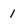
Character: 1